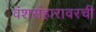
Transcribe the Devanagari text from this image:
वंशसंहारावरची